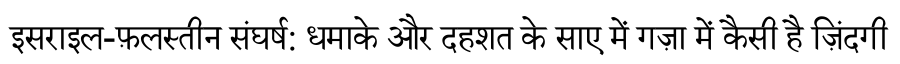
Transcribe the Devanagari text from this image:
इसराइल-फ़लस्तीन संघर्ष: धमाके और दहशत के साए में गज़ा में कैसी है ज़िंदगी